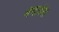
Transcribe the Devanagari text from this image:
मंदावेल